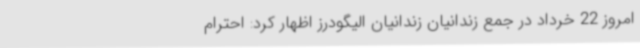
امروز 22 خرداد در جمع زندانیان زندانیان الیگودرز اظهار کرد: احترام